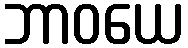
ဘာဝယေ